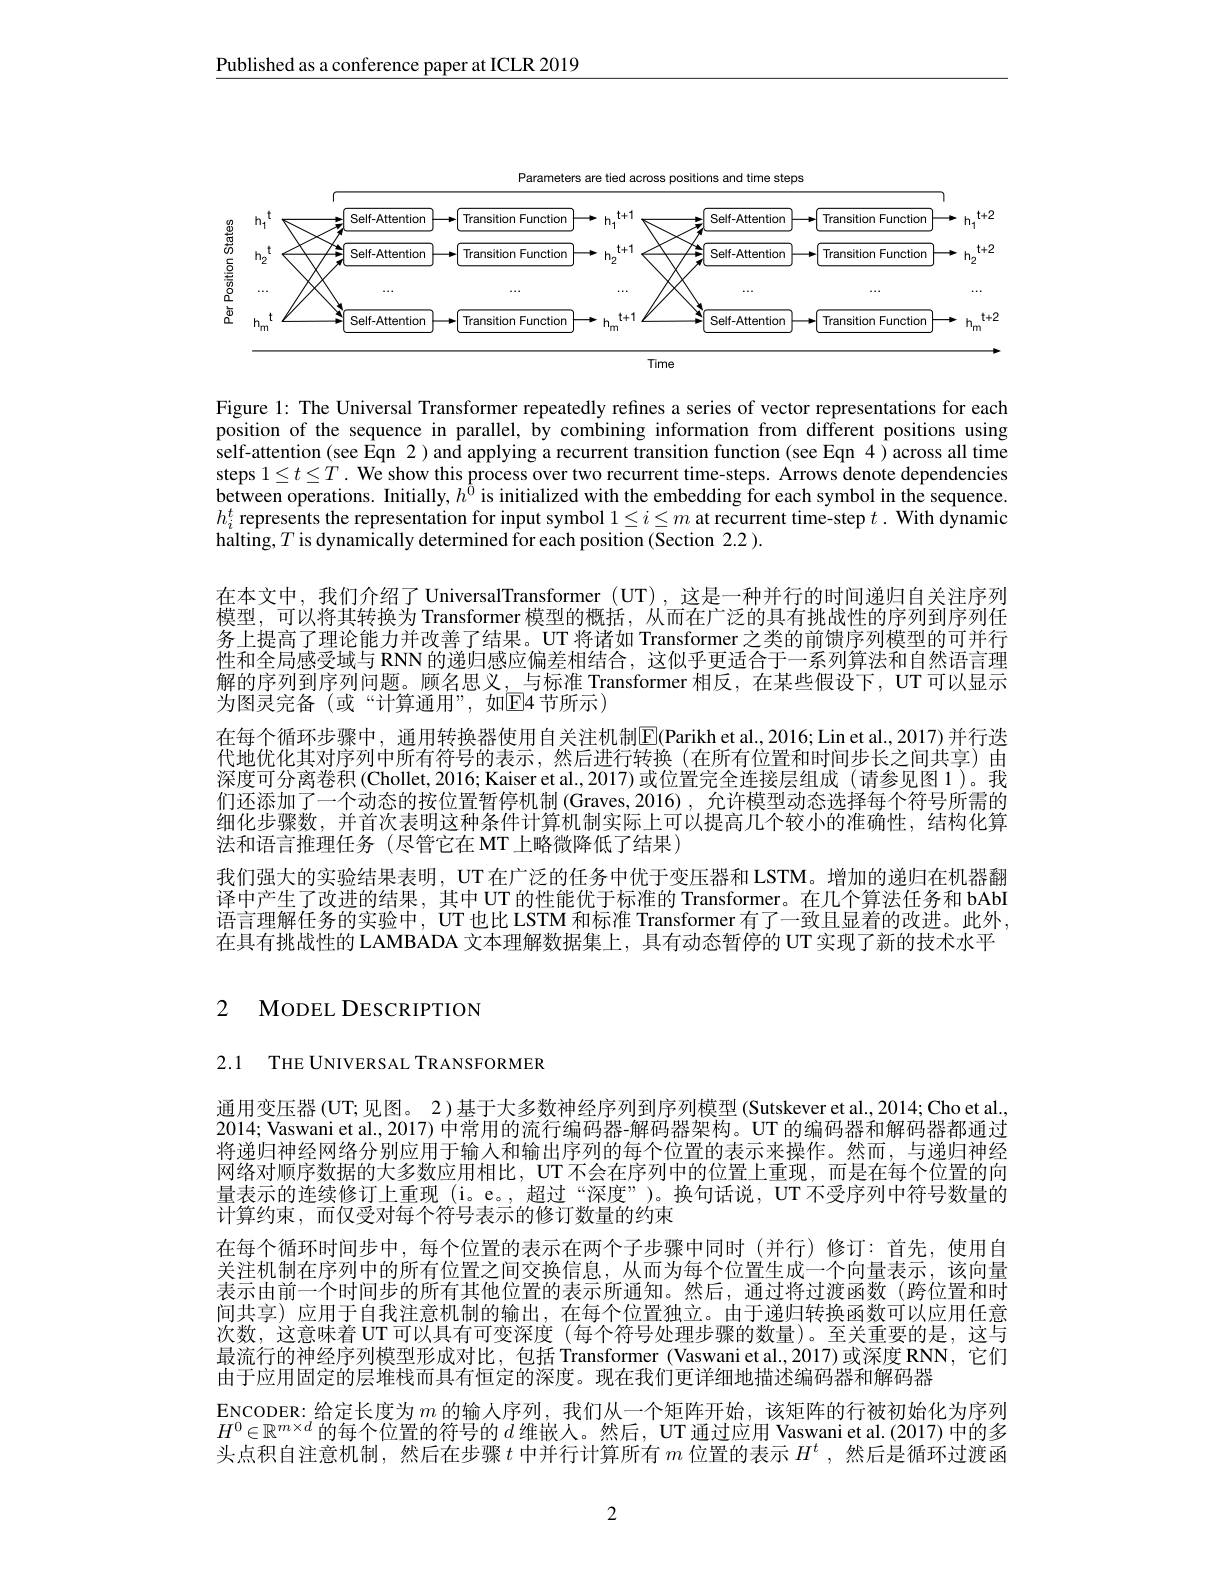
$\underline{\text{Published as a conference paper at ICLR 2019}}$

Parameters are tied across positions and time steps
<FigureHere>

Figure 1: The Universal Transformer repeatedly refines a series of vector representations for each position of the sequence in parallel, by combining information from different positions using $\hat{\text{self-attention(see Eqn 2) and applying a recurrent transition function (see Eqn 4) across all time}}$ steps $1\leq t\leq T.$ We show this process over two recurrent time-steps. Arrows denote dependencies between operations. Initially, $h^{0}$ is initialized with the embedding for each symbol in the sequence. $h_i^t$ represents the representation for input symbol $1\leq i\leq m$ at recurrent time-step $t.$ With dynamic $\hat{\text{halting,}T\text{ is dynamically determined for each position (Section 2.2 ).}}$
在本文中，我们介绍了 UniversalTransformer (UT), 这是一种并行的时间递归自关注序列模型，可以将其转换为 Transformer 模型的概括，从而在广泛的具有挑战性的序列到序列任务上提高了理论能力并改善了结果。UT 将诸如 Transformer 之类的前馈序列模型的可并行性和全局感受域与 RNN 的递归感应偏差相结合，这似乎更适合于一系列算法和自然语言理解的序列到序列问题。顾名思义，与标准 Transformer 相反，在某些假设下，UT 可以显示为图灵完备(或“计算通用”,如回4节所示)
在每个循环步骤中，通用转换器使用自关注机制$\boxed{\mathrm{E}}($Parikh et al.,2016; Lin et al.,2017)并行迭代地优化其对序列中所有符号的表示，然后进行转换(在所有位置和时间步长之间共享)由深度可分离卷积(Chollet, 2016; Kaiser et al., 2017) 或位置完全连接层组成 (请参见图 1)。我们还添加了一个动态的按位置暂停机制 (Graves,2016) , 允许模型动态选择每个符号所需的细化步骤数，并首次表明这种条件计算机制实际上可以提高几个较小的准确性，结构化算法和语言推理任务(尽管它在 MT 上略微降低了结果)
我们强大的实验结果表明，UT 在广泛的任务中优于变压器和 LSTM。增加的递归在机器翻译中产生了改进的结果，其中 UT 的性能优于标准的 Transformer。在几个算法任务和 bAbI 语言理解任务的实验中，UT 也比 LSTM 和标准 Transformer 有了一致且显着的改进。此外， 在具有挑战性的 LAMBADA 文本理解数据集上，具有动态暂停的 UT 实现了新的技术水平

# 2 MODEL DESCRIPTION

2.1 THE UNIVERSAL TRANSFORMER

通用变压器 (UT; 见图。2) 基于大多数神经序列到序列模型 (Sutskever et al., 2014; Cho et al. 2014; Vaswani et al., 2017) 中常用的流行编码器-解码器架构。UT 的编码器和解码器都通过将递归神经网络分别应用于输入和输出序列的每个位置的表示来操作。然而，与递归神经网络对顺序数据的大多数应用相比，UT 不会在序列中的位置上重现，而是在每个位置的向量表示的连续修订上重现 (i。e。, 超过“深度”)。换句话说，UT 不受序列中符号数量的计算约束，而仅受对每个符号表示的修订数量的约束
在每个循环时间步中，每个位置的表示在两个子步骤中同时(并行)修订：首先，使用自关注机制在序列中的所有位置之间交换信息，从而为每个位置生成一个向量表示，该向量表示由前一个时间步的所有其他位置的表示所通知。然后，通过将过渡函数(跨位置和时间共享)应用于自我注意机制的输出，在每个位置独立。由于递归转换函数可以应用任意次数，这意味着 UT 可以具有可变深度 (每个符号处理步骤的数量)。至关重要的是，这与最流行的神经序列模型形成对比，包括 Transformer (Vaswani et al.,2017)或深度 RNN, 它们由于应用固定的层堆栈而具有恒定的深度。现在我们更详细地描述编码器和解码器
ENCODER: 给定长度为$m$的输人序列，我们从一个矩阵开始，该矩阵的行被初始化为序列$H^0\in\mathbb{R}^{m\times d}$的每个位置的符号的$d$维嵌人。然后，UT 通过应用 Vaswani et al.(2017) 中的多头点积自注意机制，然后在步骤$t$中并行计算所有$m$位置的表示$H^t$ ,然后是循环过渡函

2